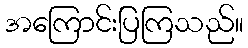
အကြောင်းပြကြသည်။